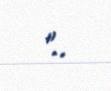
"..